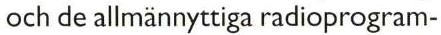
och de allmännyttiga radioprogram-